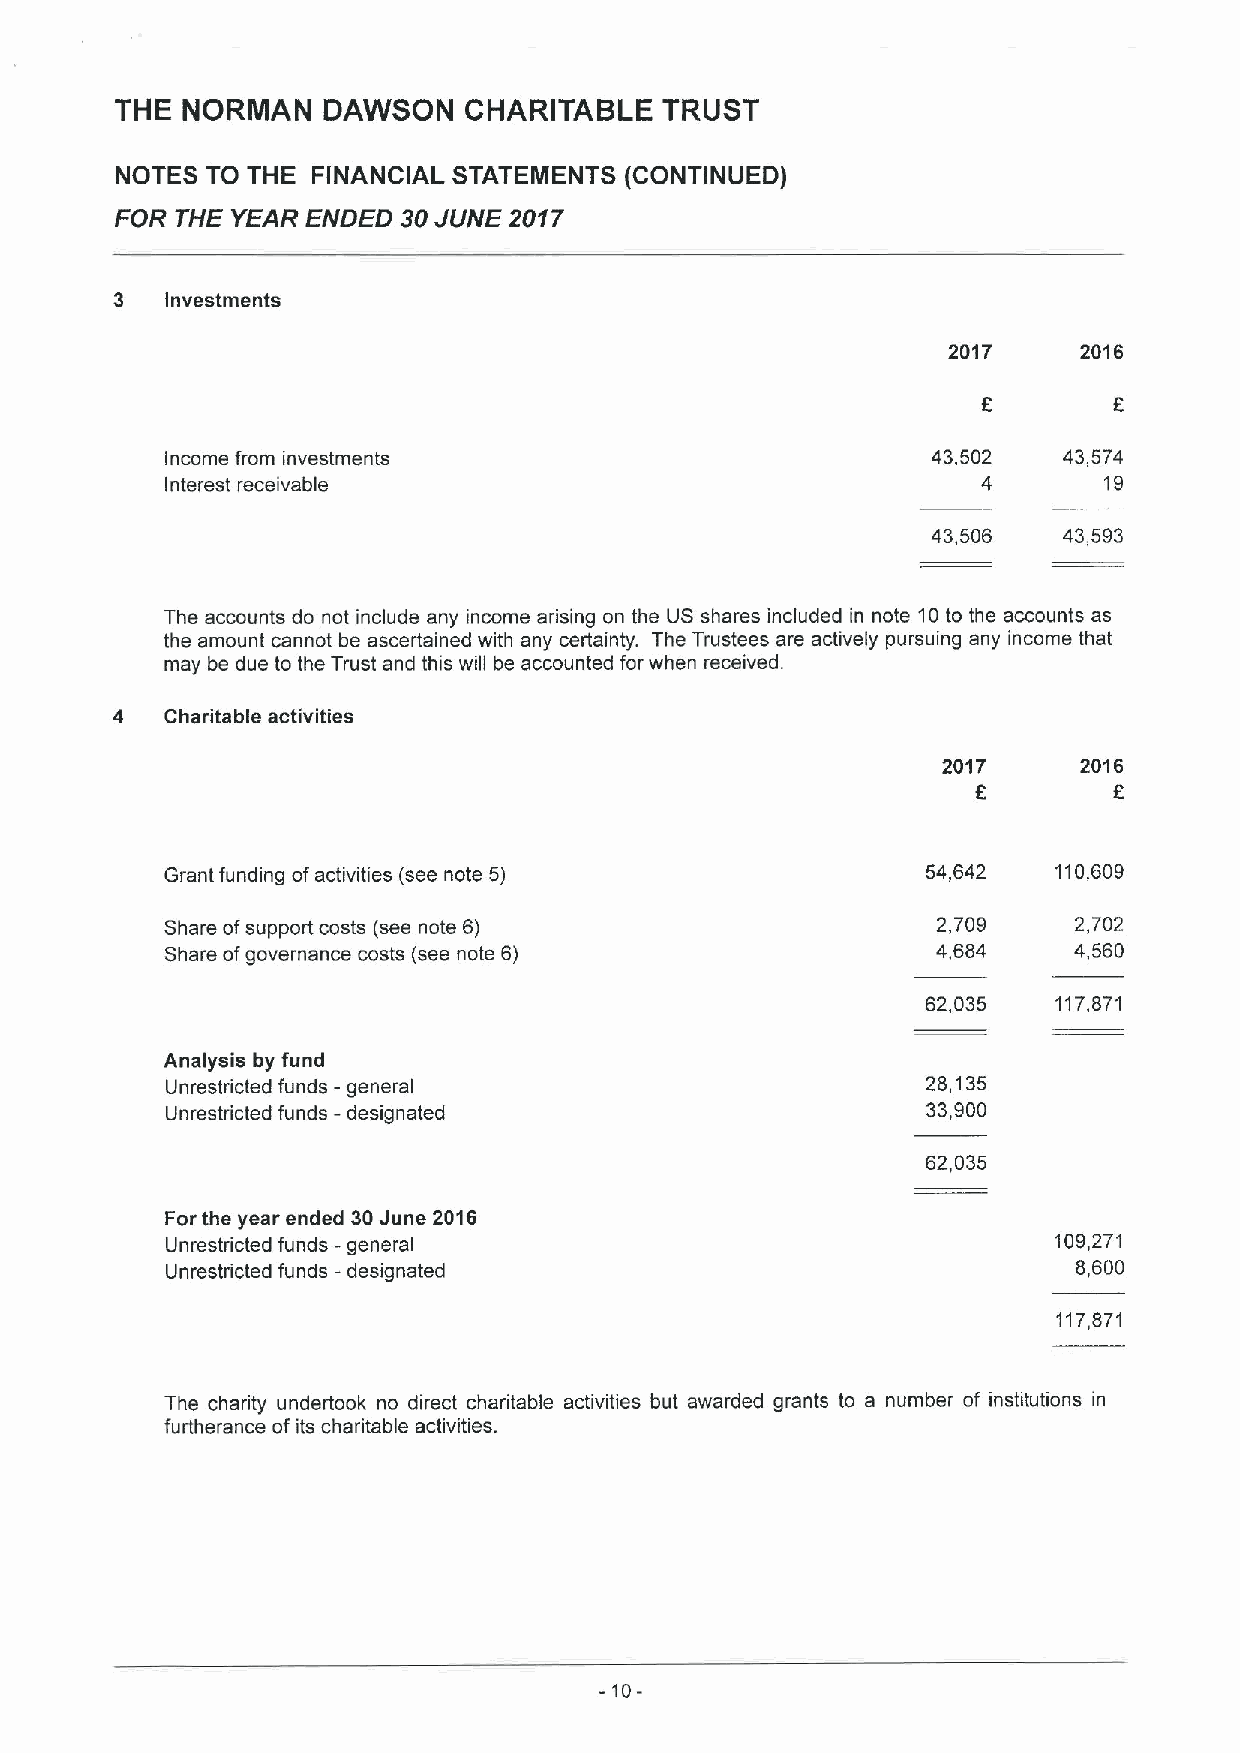
THE NORMAN   DAWSON    CHARITABLE   TRUST
 NOTES TO THE FINANCIAL STATEMENTS (CONTINUED)
 FOR THE YEAR ENDED 30JUNE 2017
 3   Investments
 2017     2016
 Income from investments                            43,502  43,574
 Interest receivable                                   4       19
 43,506  43,593
 The accounts do not include any income arising on the US shares included in note 10to the accounts as
 the amount cannot be ascertained with any certainty. The Trustees are actively pursuing any income that
 may be due to the Trust and this will be accounted for when received.
 4   Charitable activities
 2017      2016
 f
 F
 Grant funding ofactivities (see note 5)           54,642   110,609
 Share ofsupport costs (see note 6)                 2,709    2,702
 Share ofgovernance costs (see note 6)              4,684    4,560
 62,035   117,871
 Analysis by fund
 Unrestricted funds -general                       28,135
 Unrestricted funds - designated                   33,900
 62,035
 For the year ended 30June 2016
 Unrestricted funds - general                               109,271
 Unrestricted funds -designated                              8,600
 117,871
 The charity undertook no direct charitable activities but awarded grants to a number of institutions in
 furtherance of its charitable activities.
 -10-